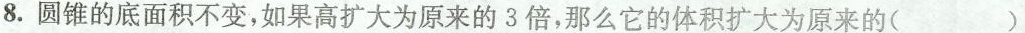
8.圆锥的底面积不变，如果高扩大为原来的3倍，那么它的体积扩大为原来的（）